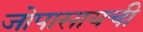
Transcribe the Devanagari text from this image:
जोपासायची